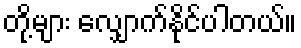
တို့များ လျှောက်နိုင်ပါတယ်။